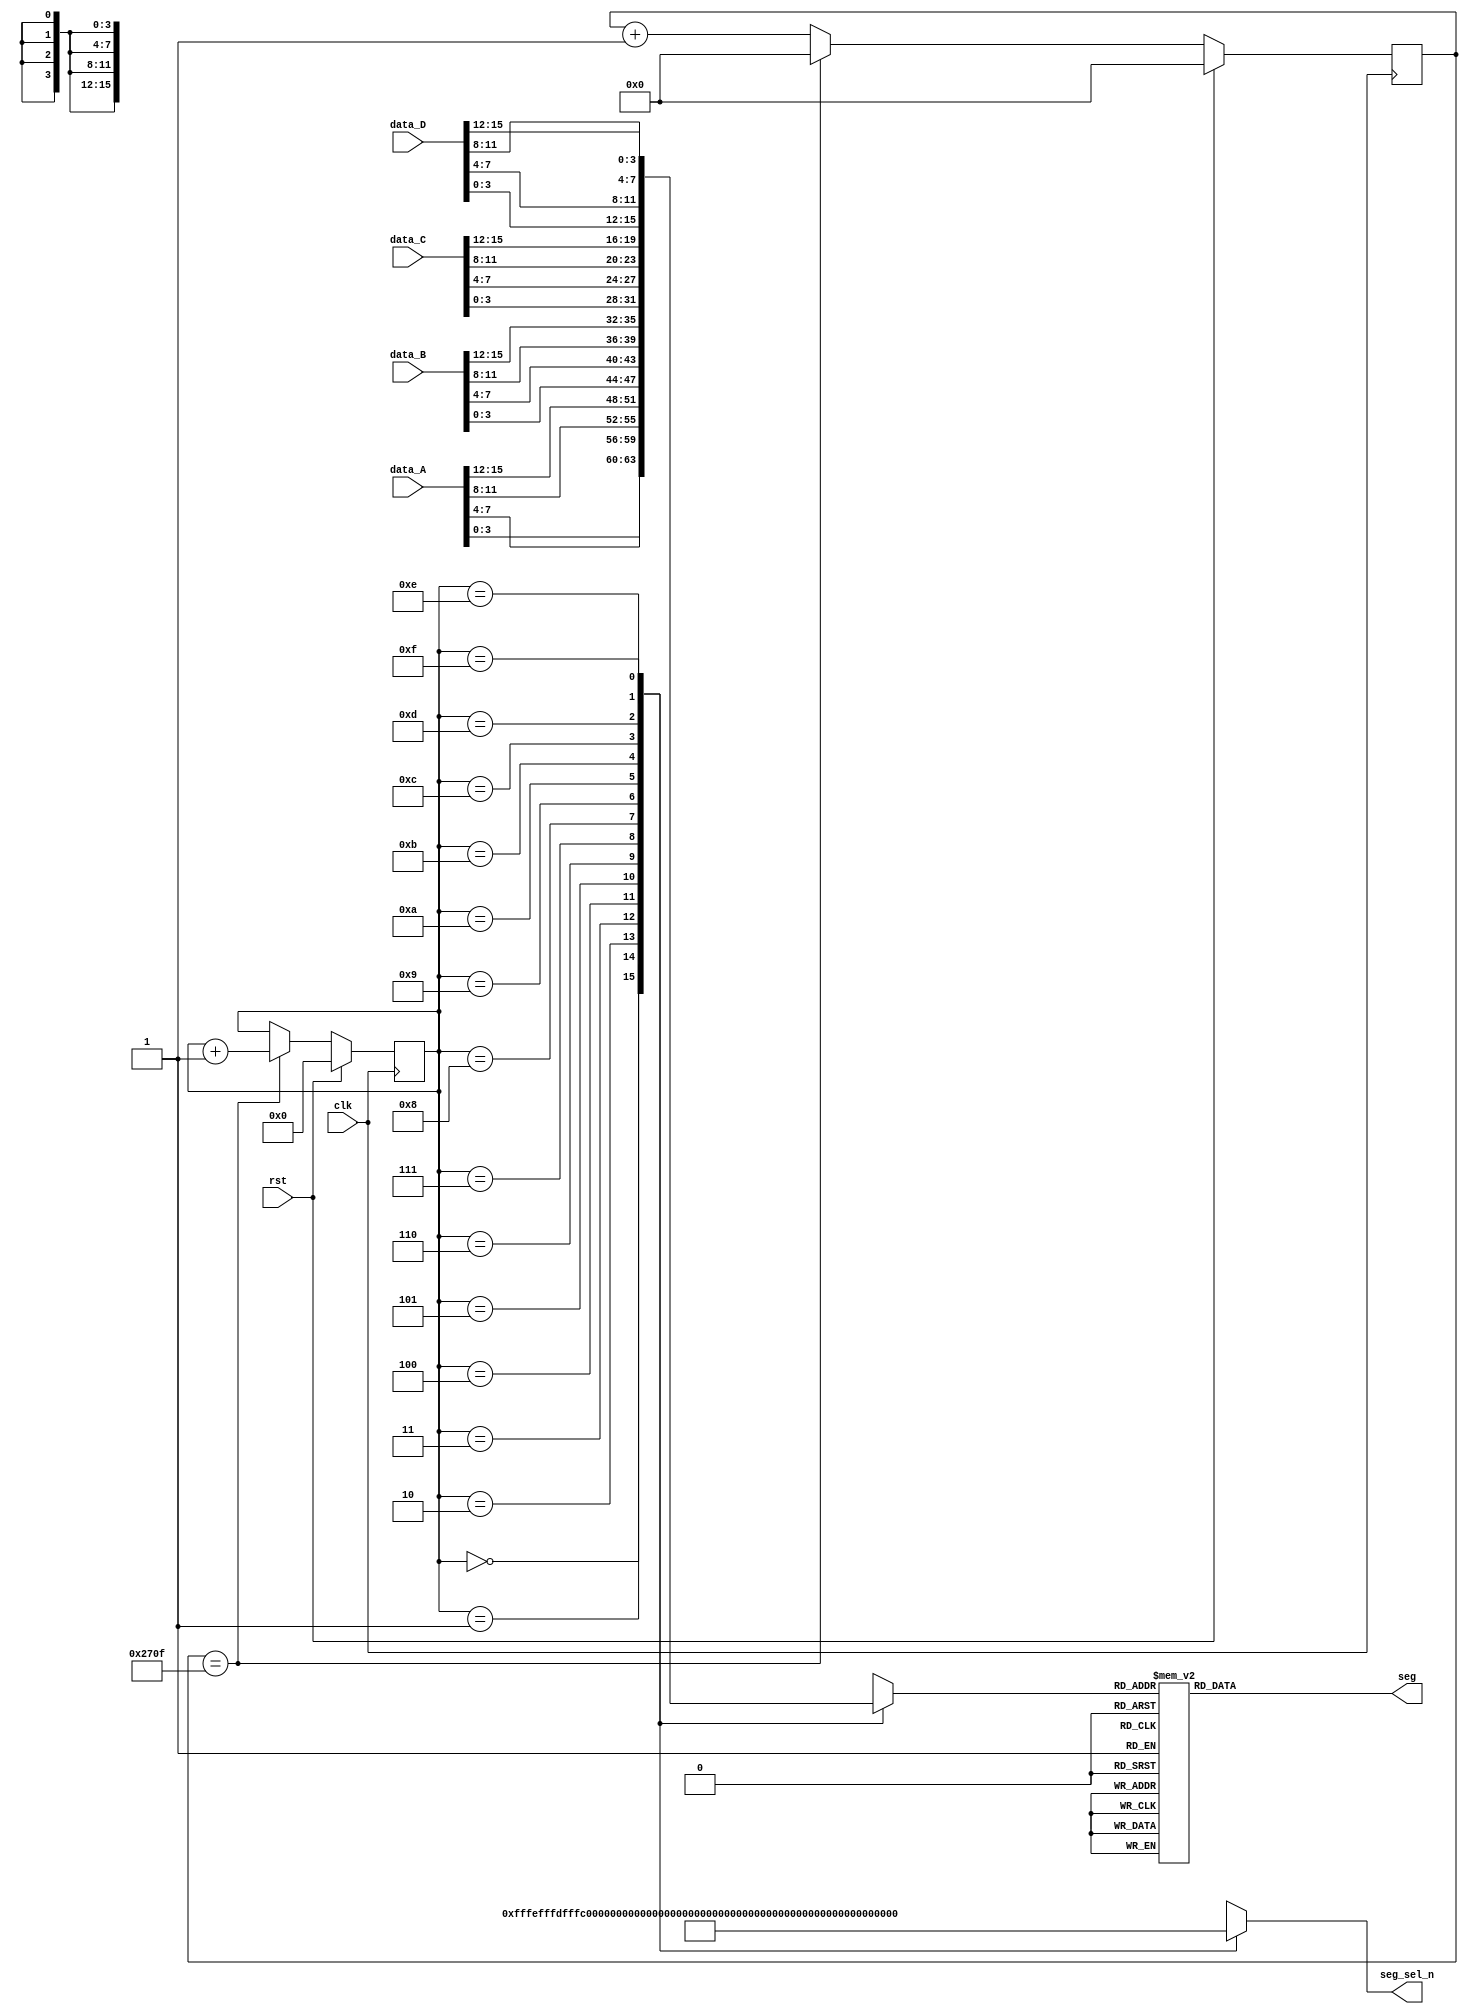
module Seg16(
    input clk,
    input rst,
    input [15:0] data_A,
    input [15:0] data_B,
    input [15:0] data_C,
    input [15:0] data_D,
    output reg [15:0] seg_sel_n,
    output reg [7:0] seg
);

    localparam  SEG_NUM0 = 8'hc0,
                SEG_NUM1 = 8'hf9,
                SEG_NUM2 = 8'ha4,
                SEG_NUM3 = 8'hb0,
                SEG_NUM4 = 8'h99,
                SEG_NUM5 = 8'h92,
                SEG_NUM6 = 8'h82,
                SEG_NUM7 = 8'hf8,
                SEG_NUM8 = 8'h80,
                SEG_NUM9 = 8'h90,
                SEG_NUMA = 8'h88,
                SEG_NUMB = 8'h83,
                SEG_NUMC = 8'hc6,
                SEG_NUMD = 8'ha1,
                SEG_NUME = 8'h86,
                SEG_NUMF = 8'h8e;

    reg [3:0] count;
    reg [15:0] count_10000;
    reg [3:0] data_out;

    //
    always @(posedge clk) begin
        if(rst) begin
            count <= 2'h0;
            count_10000 <= 16'd0;
        end
        else begin
            if(count_10000 == 16'd9999) begin
                count_10000 <= 16'd0;
                count <= count + 2'h1;
            end
            else
                count_10000 <= count_10000 + 16'd1;
        end
    end

    always @(*) begin
        case(count)
            4'h0 : begin
                seg_sel_n = ~16'b0001;
                data_out = data_A[3:0];
            end
            4'h1 : begin
                seg_sel_n = ~16'b0010;
                data_out = data_A[7:4];
            end
            4'h2 : begin
                seg_sel_n = ~16'b0100;
                data_out = data_A[11:8];
            end
            4'h3 : begin
                seg_sel_n = ~16'b1000;
                data_out = data_A[15:12];
            end
            4'h4 : begin
                seg_sel_n = ~16'b0001_0000;
                data_out = data_B[3:0];
            end
            4'h5 : begin
                seg_sel_n = ~16'b0010_0000;
                data_out = data_B[7:4];
            end
            4'h6 : begin
                seg_sel_n = ~16'b0100_0000;
                data_out = data_B[11:8];
            end
            4'h7 : begin
                seg_sel_n = ~16'b1000_0000;
                data_out = data_B[15:12];
            end
            4'h8 : begin
                seg_sel_n = ~16'b0001_0000_0000;
                data_out = data_C[3:0];
            end
            4'h9 : begin
                seg_sel_n = ~16'b0010_0000_0000;
                data_out = data_C[7:4];
            end
            4'ha : begin
                seg_sel_n = ~16'b0100_0000_0000;
                data_out = data_C[11:8];
            end
            4'hb : begin
                seg_sel_n = ~16'b1000_0000_0000;
                data_out = data_C[15:12];
            end
            4'hc : begin
                seg_sel_n = ~16'b0001_0000_0000_0000;
                data_out = data_D[3:0];
            end
            4'hd : begin
                seg_sel_n = ~16'b0010_0000_0000_0000;
                data_out = data_D[7:4];
            end
            4'he : begin
                seg_sel_n = ~16'b0100_0000_0000_0000;
                data_out = data_D[11:8];
            end
            4'hf : begin
                seg_sel_n = ~16'b1000_0000_0000_0000;
                data_out = data_D[15:12];
            end
        endcase

        case(data_out)
            4'h0 : seg = SEG_NUM0;
            4'h1 : seg = SEG_NUM1;
            4'h2 : seg = SEG_NUM2;
            4'h3 : seg = SEG_NUM3;
            4'h4 : seg = SEG_NUM4;
            4'h5 : seg = SEG_NUM5;
            4'h6 : seg = SEG_NUM6;
            4'h7 : seg = SEG_NUM7;
            4'h8 : seg = SEG_NUM8;
            4'h9 : seg = SEG_NUM9;
            4'ha : seg = SEG_NUMA;
            4'hb : seg = SEG_NUMB;
            4'hc : seg = SEG_NUMC;
            4'hd : seg = SEG_NUMD;
            4'he : seg = SEG_NUME;
            4'hf : seg = SEG_NUMF;
        endcase
    end

endmodule